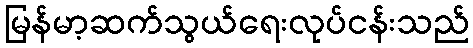
မြန်မာ့ဆက်သွယ်ရေးလုပ်ငန်းသည်